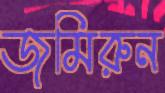
জমিরুন